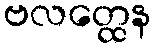
ဗလတ္ထေန